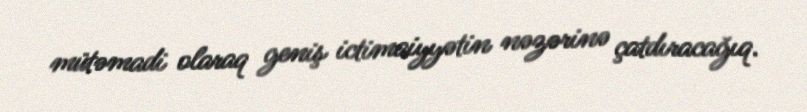
mütəmadi olaraq geniş ictimaiyyətin nəzərinə çatdıracağıq.